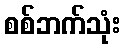
စစ်ဘက်သုံး